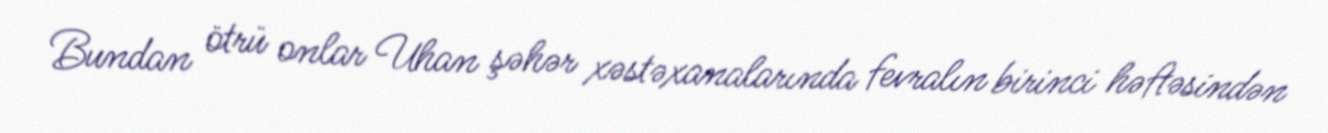
Bundan ötrü onlar Uhan şəhər xəstəxanalarında fevralın birinci həftəsindən